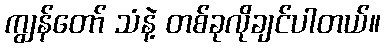
ကျွန်တော် သံနဲ့ တစ်ခုလိုချင်ပါတယ်။